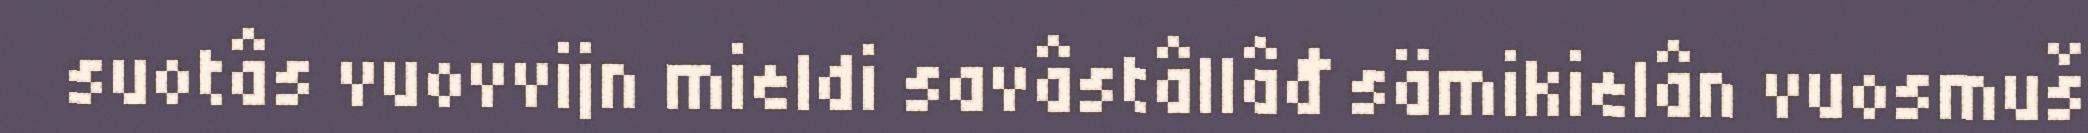
suotâs vuovvijn mieldi savâstâllâđ sämikielân vuosmuš